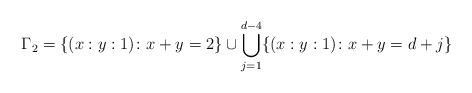
LaTeX: \begin{align*}\Gamma_2 = \{(x:y:1)\colon x+y=2\}\cup\bigcup_{j=1}^{d-4}\{(x:y:1)\colon x+y=d+j\}\end{align*}